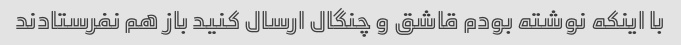
با اینکه نوشته بودم قاشق و چنگال ارسال کنید باز هم نفرستادند